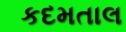
કદમતાલ